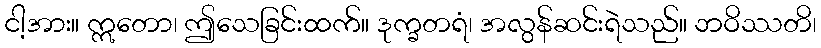
ငါ့အား။ ဣတော၊ ဤသေခြင်းထက်။ ဒုက္ခတရံ၊ အလွန်ဆင်းရဲသည်။ ဘဝိဿတိ၊